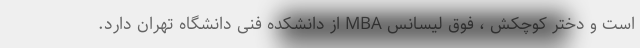
است و دختر کوچکش ، فوق لیسانس MBA از دانشکده فنی دانشگاه تهران دارد.